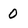
Character: 0